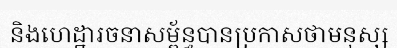
និងហេដ្ឋារចនាសម្ព័ន្ធបានប្រកាសថាមនុស្ស